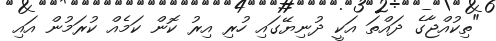
"ތިކުއްޖާގެ ދައްތަ އަކީ ދުނިޔޭގައި ހުރި އިރު ކޮން ކަމެއް ކުރަމުން އައި